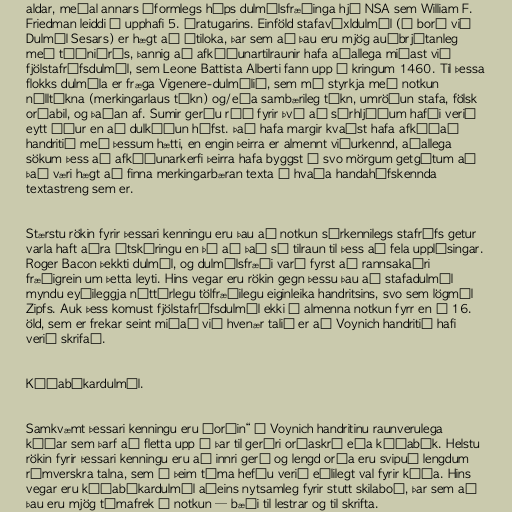
aldar, meðal annars óformlegs hóps dulmálsfræðinga hjá NSA sem William F.
Friedman leiddi í upphafi 5. áratugarins. Einföld stafavíxldulmál (á borð við
Dulmál Sesars) er hægt að útiloka, þar sem að þau eru mjög auðbrjótanleg
með tíðniárás, þannig að afkóðunartilraunir hafa aðallega miðast við
fjölstafrófsdulmál, sem Leone Battista Alberti fann upp í kringum 1460. Til þessa
flokks dulmála er fræga Vigenere-dulmálið, sem má styrkja með notkun
núlltákna (merkingarlaus tákn) og/eða sambærileg tákn, umröðun stafa, fölsk
orðabil, og þaðan af. Sumir gerðu ráð fyrir því að sérhljóðum hafði verið
eytt áður en að dulkóðun hófst. Það hafa margir kvaðst hafa afkóðað
handritið með þessum hætti, en engin þeirra er almennt viðurkennd, aðallega
sökum þess að afkóðunarkerfi þeirra hafa byggst á svo mörgum getgátum að
það væri hægt að finna merkingarbæran texta í hvaða handahófskennda
textastreng sem er.

Stærstu rökin fyrir þessari kenningu eru þau að notkun sérkennilegs stafrófs getur
varla haft aðra útskýringu en þá að það sé tilraun til þess að fela upplýsingar.
Roger Bacon þekkti dulmál, og dulmálsfræði varð fyrst að rannsakaðri
fræðigrein um þetta leyti. Hins vegar eru rökin gegn þessu þau að stafadulmál
myndu eyðileggja náttúrlegu tölfræðilegu eiginleika handritsins, svo sem lögmál
Zipfs. Auk þess komust fjölstafrófsdulmál ekki í almenna notkun fyrr en á 16.
öld, sem er frekar seint miðað við hvenær talið er að Voynich handritið hafi
verið skrifað.

Kóðabókardulmál.

Samkvæmt þessari kenningu eru „orðin“ í Voynich handritinu raunverulega
kóðar sem þarf að fletta upp í þar til gerðri orðaskrá eða kóðabók. Helstu
rökin fyrir þessari kenningu eru að innri gerð og lengd orða eru svipuð lengdum
rómverskra talna, sem á þeim tíma hefðu verið eðlilegt val fyrir kóða. Hins
vegar eru kóðabókardulmál aðeins nytsamleg fyrir stutt skilaboð, þar sem að
þau eru mjög tímafrek í notkun — bæði til lestrar og til skrifta.